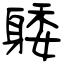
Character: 躷